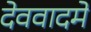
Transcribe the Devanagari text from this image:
देववादमे